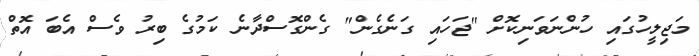
މަޖިލީހުގައި ހުންނަވަނިކޮށް "ޖަހައި ގަނެގެން" ގެންގޮސްދާނެ ކަމުގެ ބިރު ވެސް އެބަ އޮތް